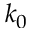
k _ { 0 }